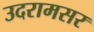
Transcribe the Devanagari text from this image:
उदरामसर